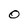
Character: 0